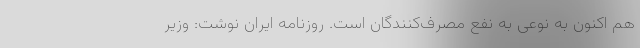
هم اکنون به نوعی به نفع مصرف‌کنندگان است. روزنامه ایران نوشت: وزیر